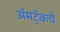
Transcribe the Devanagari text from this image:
ॲमट्रॅकचे